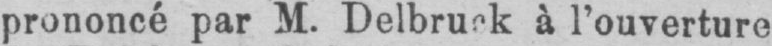
prononcé par M. Delbruck à l’ouverture